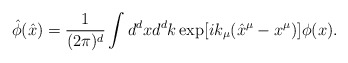
\begin{align*}{\hat\phi}({\hat x})=\frac{1}{(2\pi)^d}\int d^dxd^dk\exp[ik_\mu({\hat x}^\mu-x^\mu)]\phi(x).\end{align*}